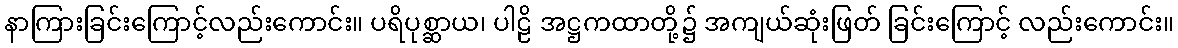
နာကြားခြင်းကြောင့်လည်းကောင်း။ ပရိပုစ္ဆာယ၊ ပါဠိ အဋ္ဌကထာတို့၌ အကျယ်ဆုံးဖြတ် ခြင်းကြောင့် လည်းကောင်း။